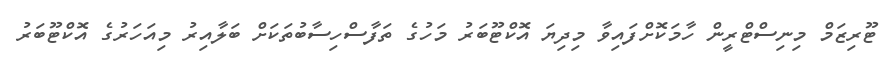
ޓޫރިޒަމް މިނިސްޓްރީން ހާމަކޮށްފައިވާ މިދިޔަ އޮކްޓޫބަރު މަހުގެ ތަފާސްހިސާބުތަކަށް ބަލާއިރު މިއަހަރުގެ އޮކްޓޫބަރު